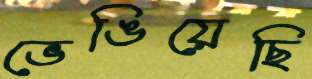
ভেঙিয়েছি